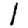
Digit: 1